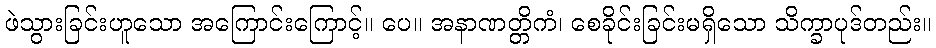
ဖဲသွားခြင်းဟူသော အကြောင်းကြောင့်။ ပေ။ အနာဏတ္တိကံ၊ စေခိုင်းခြင်းမရှိသော သိက္ခာပုဒ်တည်း။